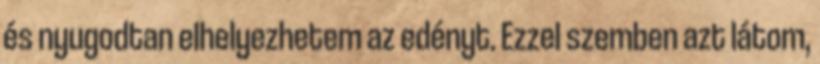
és nyugodtan elhelyezhetem az edényt. Ezzel szemben azt látom,